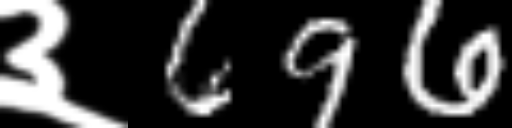
Text: ३696